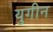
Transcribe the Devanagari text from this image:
युगीन